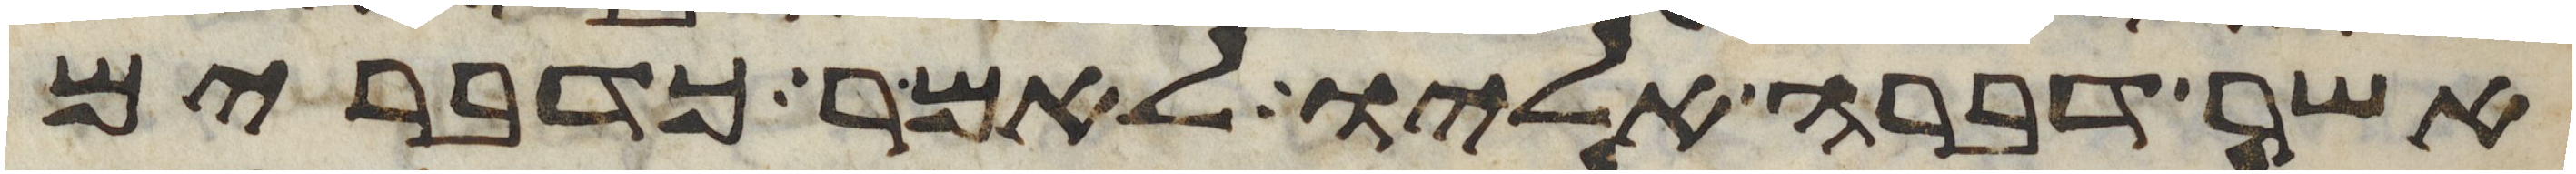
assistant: אשר דברה אליו לאמר כדברים